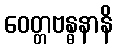
ဝေတ္တဗန္ဓနာနိ